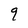
Character: q